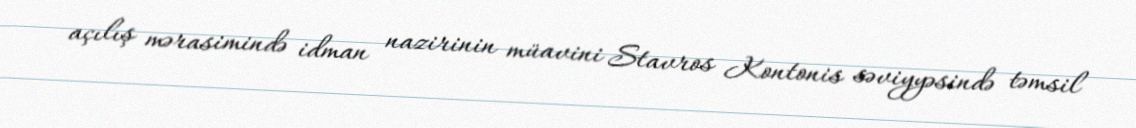
açılış mərasimində idman nazirinin müavini Stavros Kontonis səviyyəsində təmsil